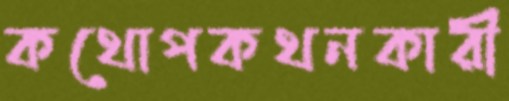
কথোপকথনকারী